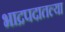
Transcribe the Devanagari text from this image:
भाद्रपदातल्या